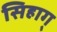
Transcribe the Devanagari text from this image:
सिहाग्